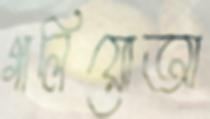
গালিয়োআ